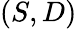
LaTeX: (S,D)